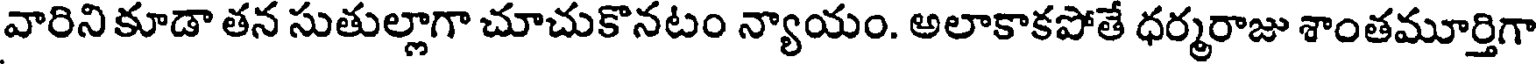
వారిని కూడా తన సుతుల్లాగా చూచుకొనటం న్యాయం. అలాకాకపోతే ధర్మరాజు శాంతమూర్తిగా